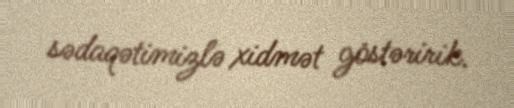
sədaqətimizlə xidmət göstəririk.